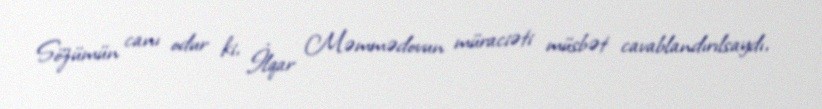
Sözümün canı odur ki, İlqar Məmmədovun müraciəti müsbət cavablandırılsaydı,